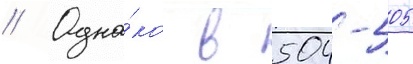
// Одна́ко в 504-505